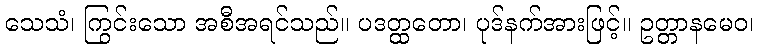
သေသံ၊ ကြွင်းသော အစီအရင်သည်။ ပဒတ္ထတော၊ ပုဒ်နက်အားဖြင့်။ ဥတ္တာနမေဝ၊